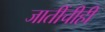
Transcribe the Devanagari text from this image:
जातींचीही